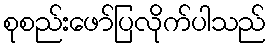
စုစည်းဖော်ပြလိုက်ပါသည်